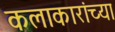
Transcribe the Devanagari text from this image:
कलाकारांच्‍या